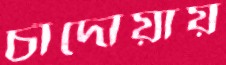
চাঁদোয়ায়